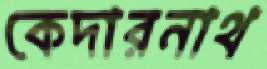
কেদারনাথ